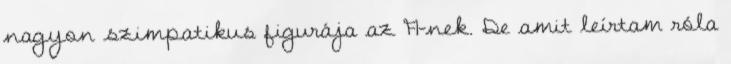
nagyon szimpatikus figurája az F1-nek. De amit leírtam róla